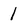
Character: 1